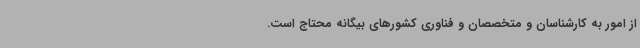
از امور به کارشناسان و متخصصان و فناوری کشورهای بیگانه محتاج است.